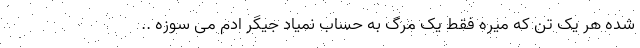
شده هر یک تن که میره فقط یک مرگ به حساب نمیاد جیگر ادم می سوزه ..